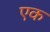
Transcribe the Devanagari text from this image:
एक